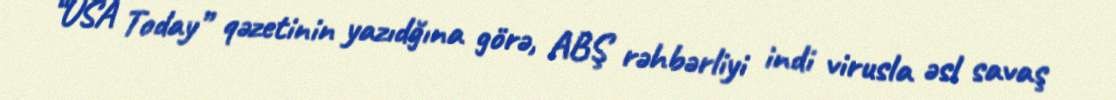
“USA Today” qəzetinin yazıdğına görə, ABŞ rəhbərliyi indi virusla əsl savaş